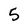
Character: 5